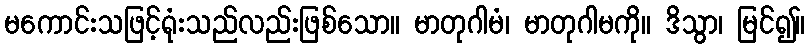
မကောင်းသဖြင့်ရုံးသည်လည်းဖြစ်သော။ မာတုဂါမံ၊ မာတုဂါမကို။ ဒိသွာ၊ မြင်၍။